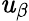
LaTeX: \mathit{u}_{\beta}